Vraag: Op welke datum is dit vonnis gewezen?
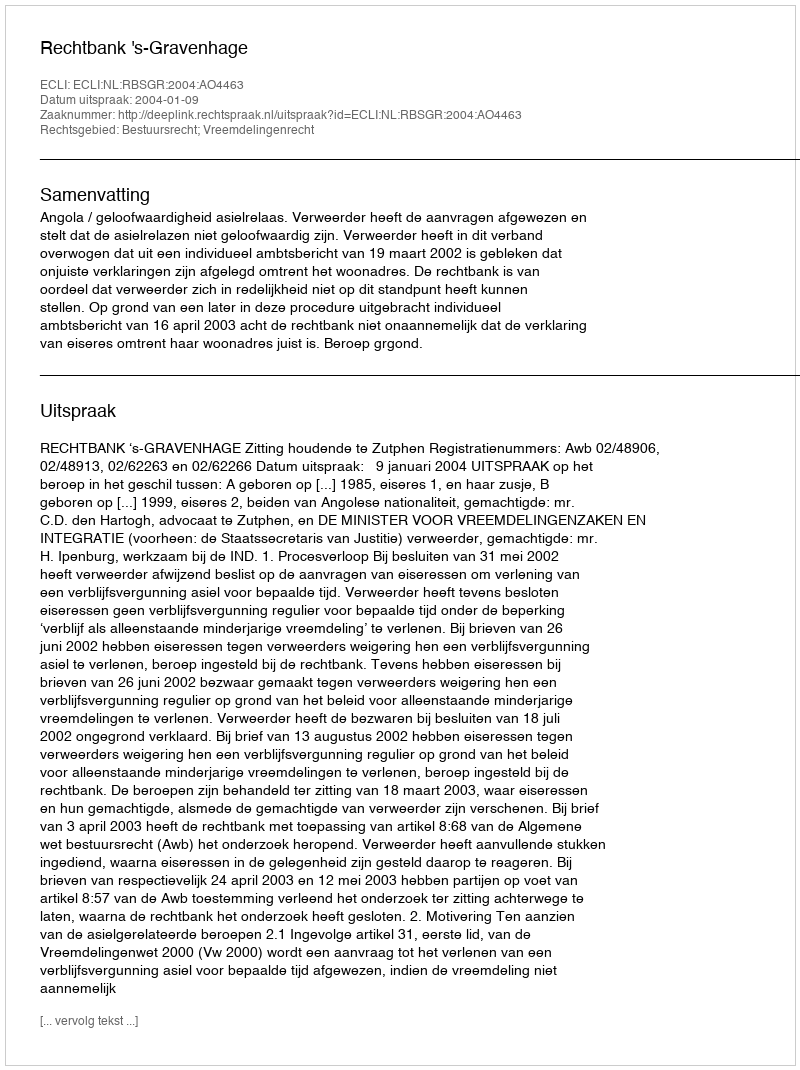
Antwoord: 2004-01-09